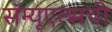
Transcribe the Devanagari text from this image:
सॅम्यूएल्सची